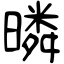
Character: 暽